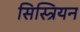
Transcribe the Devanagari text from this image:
सिस्त्रियन